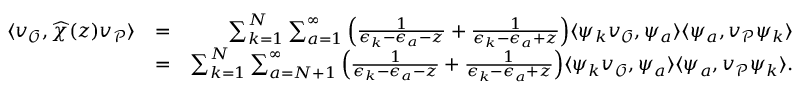
\begin{array} { r l r } { \langle v _ { \mathcal { O } } , \widehat { \chi } ( z ) v _ { \mathcal { P } } \rangle } & { = } & { \sum _ { k = 1 } ^ { N } \sum _ { a = 1 } ^ { \infty } \Big ( \frac { 1 } { \epsilon _ { k } - \epsilon _ { a } - z } + \frac { 1 } { \epsilon _ { k } - \epsilon _ { a } + z } \Big ) \langle \psi _ { k } v _ { \mathcal { O } } , \psi _ { a } \rangle \langle \psi _ { a } , v _ { \mathcal { P } } \psi _ { k } \rangle } \\ & { = } & { \sum _ { k = 1 } ^ { N } \sum _ { a = N + 1 } ^ { \infty } \Big ( \frac { 1 } { \epsilon _ { k } - \epsilon _ { a } - z } + \frac { 1 } { \epsilon _ { k } - \epsilon _ { a } + z } \Big ) \langle \psi _ { k } v _ { \mathcal { O } } , \psi _ { a } \rangle \langle \psi _ { a } , v _ { \mathcal { P } } \psi _ { k } \rangle . } \end{array}